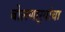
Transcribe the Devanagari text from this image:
बोलणार्‍यांचा